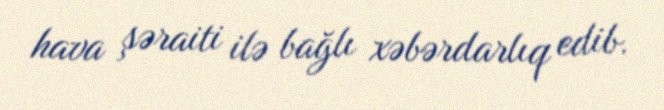
hava şəraiti ilə bağlı xəbərdarlıq edib.